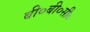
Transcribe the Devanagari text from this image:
बी०बी०सी०